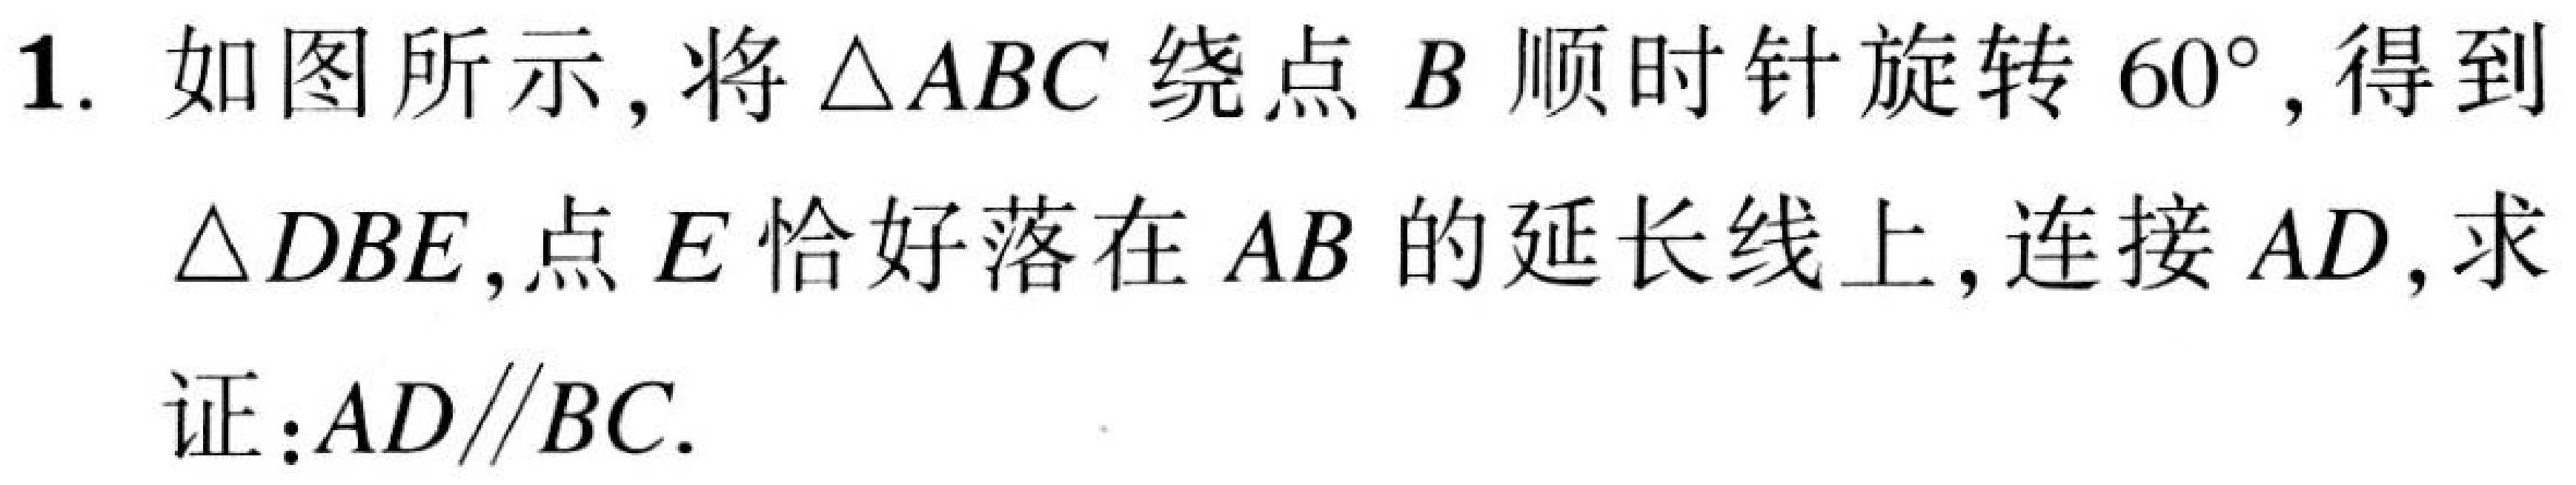
1. 如图所示,将 \(\triangle ABC\) 绕点 \(B\) 顺时针旋转 \(60^{\circ}\),得到
\(\triangle DBE\),点 \(E\) 恰好落在 \(AB\) 的延长线上,连接 \(AD\),求
证：\(AD\parallel BC\).